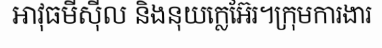
អាវុធមីស៊ីល និងនុយក្លេអ៊ែរ។ក្រុមការងារ